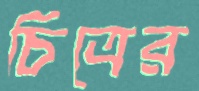
চিত্রের